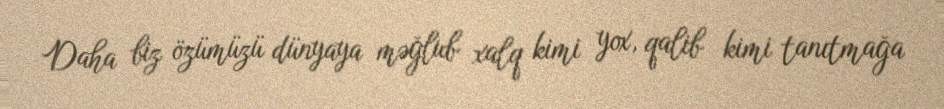
Daha biz özümüzü dünyaya məğlub xalq kimi yox, qalib kimi tanıtmağa